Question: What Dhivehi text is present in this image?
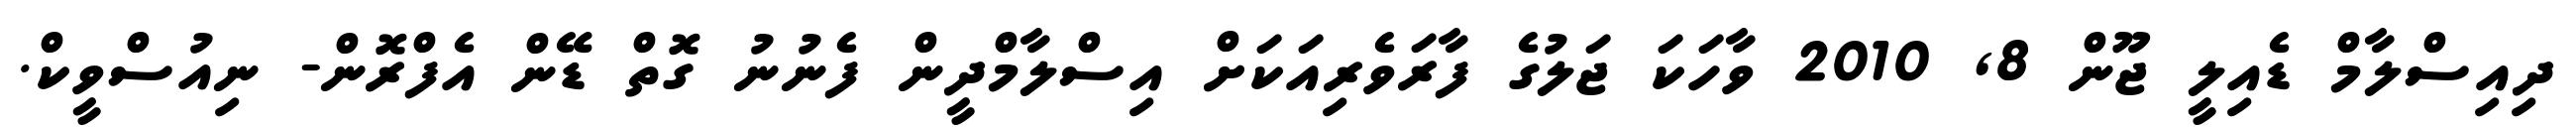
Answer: ދިއިސްލާމް ޑެއިލީ ޖޫން 8, 2010 ވާހަކަ ޖަލުގެ ފާރަވެރިއަކަށް އިސްލާމްދީން ފެނުނު ގޮތް ޑޭން އެފްރޮން- ނިއުސްވީކް.